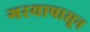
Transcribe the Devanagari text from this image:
गरयापासून